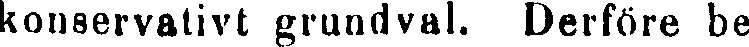
konservativt grundval. Derföre be